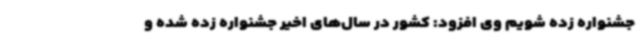
جشنواره زده شویم وی افزود: کشور در سال‌های اخیر جشنواره زده شده و